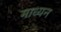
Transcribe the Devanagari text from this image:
माध्यन